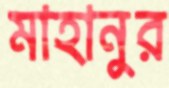
মাহানুর